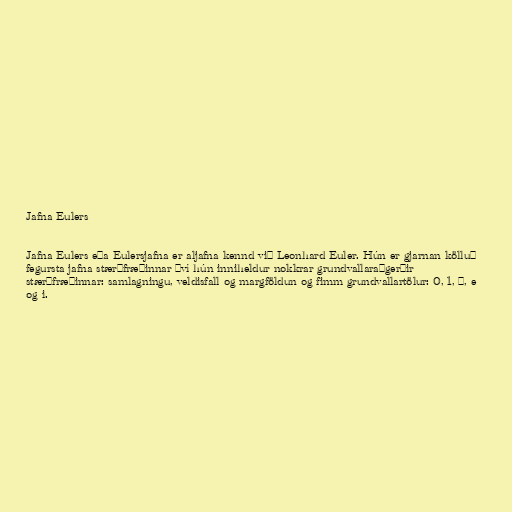
Jafna Eulers

Jafna Eulers eða Eulersjafna er aljafna kennd við Leonhard Euler. Hún er gjarnan kölluð
fegursta jafna stærðfræðinnar því hún inniheldur nokkrar grundvallaraðgerðir
stærðfræðinnar: samlagningu, veldisfall og margföldun og fimm grundvallartölur: 0, 1, π, e
og i.